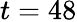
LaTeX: t=48